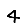
Digit: 4